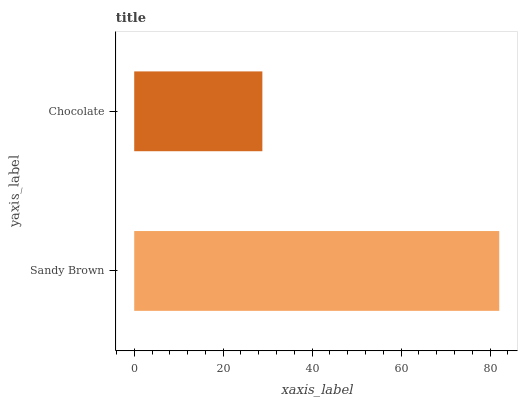
| yaxis_label | bars |
 | --- | --- |
 | Sandy Brown | 82 |
 | Chocolate | 28.8 |